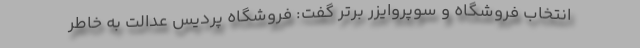
انتخاب فروشگاه و سوپروایزر برتر گفت: فروشگاه پردیس عدالت به خاطر